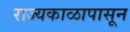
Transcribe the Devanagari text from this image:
राज्यकाळापासून